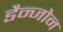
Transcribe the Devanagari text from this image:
डैन्जोन